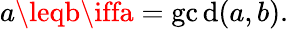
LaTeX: a\leqb\iffa=\operatorname*{gc\mathrm{d}}(a,b).